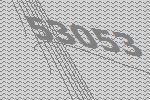
53053